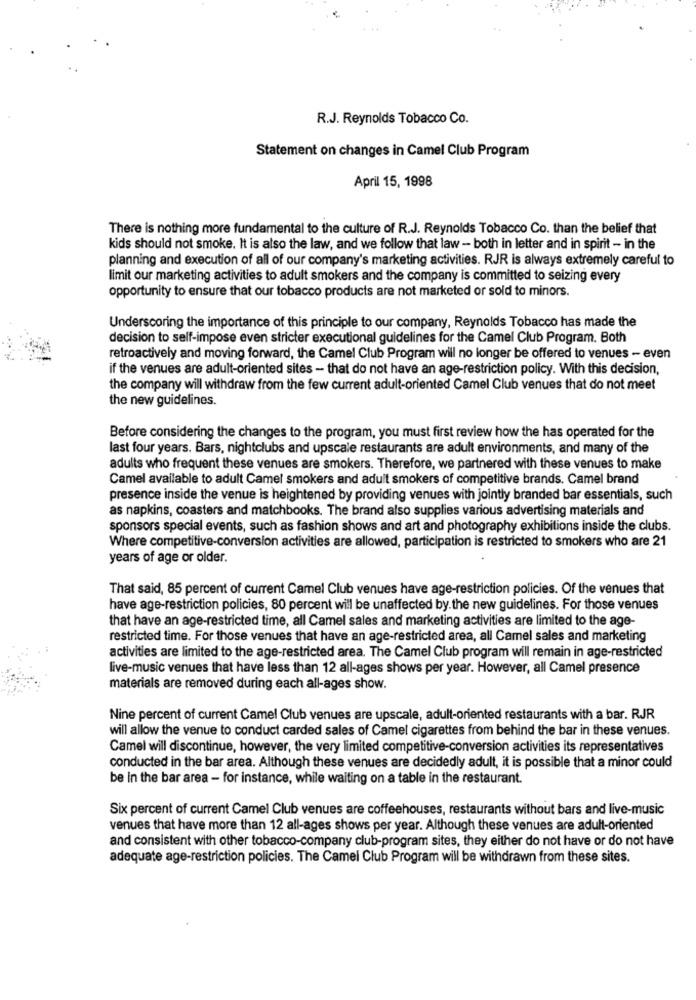
R.J. Reynolds Tobacco Co.
Statement on changes in Camel Club Program
April 15, 1998
There is nothing more fundamental to the culture of R.J. Reynolds Tobacco Co. than the belief that
kids should not smoke. It is also the law, and we follow that law - both in letter and in spirit - in the
planning and execution of all of our company's marketing activities. RJR is always extremely careful to
limit our marketing activities to adult smokers and the company is committed to seizing every
opportunity to ensure that our tobacco products are not marketed or sold to minors.
Underscoring the importance of this principle to our company, Reynolds Tobacco has made the
decision to self-impose even stricter executional guidelines for the Camel Club Program. Both
retroactively and moving forward, the Camel Club Program will no longer be offered to venues - even
if the venues are adult-oriented sites - that do not have an age-restriction policy. With this decision,
the company will withdraw from the few current adult-oriented Camel Club venues that do not meet
the new guidelines.
Before considering the changes to the program, you must first review how the has operated for the
last four years. Bars, nightclubs and upscale restaurants are adult environments, and many of the
adults who frequent these venues are smokers. Therefore, we partnered with these venues to make
Camel available to adult Camel smokers and adult smokers of competitive brands. Camel brand
presence inside the venue is heightened by providing venues with jointly branded bar essentials, such
as napkins, coasters and matchbooks. The brand also supplies various advertising materials and
sponsors special events, such as fashion shows and art and photography exhibitions inside the clubs.
Where competitive-conversion activities are allowed, participation is restricted to smokers who are 21
years of age or older.
That said, 85 percent of current Camel Club venues have age-restriction policies. Of the venues that
have age-restriction policies, 80 percent will be unaffected by. the new guidelines. For those venues
that have an age-restricted time, all Camel sales and marketing activities are limited to the age-
restricted time. For those venues that have an age-restricted area, all Camel sales and marketing
activities are limited to the age-restricted area. The Camel Club program will remain in age-restricted
live-music venues that have less than 12 all-ages shows per year. However, all Camel presence
materials are removed during each all-ages show.
Nine percent of current Camel Club venues are upscale, adult-oriented restaurants with a bar. RJR
will allow the venue to conduct carded sales of Camel cigarettes from behind the bar in these venues.
Camel will discontinue, however, the very limited competitive-conversion activities its representatives
conducted in the bar area. Although these venues are decidedly adult, it is possible that a minor could
be in the bar area - for instance, while waiting on a table in the restaurant.
Six percent of current Camel Club venues are coffeehouses, restaurants without bars and live-music
venues that have more than 12 all-ages shows per year. Although these venues are adult-oriented
and consistent with other tobacco-company club-program sites, they either do not have or do not have
adequate age-restriction policies. The Camel Club Program will be withdrawn from these sites.